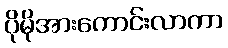
ပိုမိုအားကောင်းလာကာ